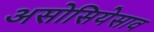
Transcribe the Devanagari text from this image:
असोसियेसाव